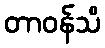
တာဝန်သိ